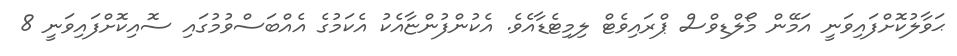
ޙަވާލުކޮށްފައިވަނީ އަމޭން މޯލްޑިވްސް ޕްރައިވެޓް ލިމިޓެޑާއެވެ. އެކުންފުންޏާއެކު އެކަމުގެ އެއްބަސްވުމުގައި ސޮއިކޮށްފައިވަނީ 8